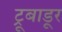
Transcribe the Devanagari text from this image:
ट्रूबाडूर